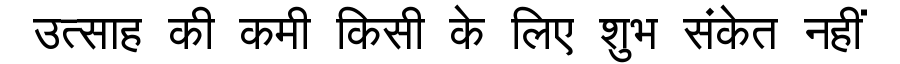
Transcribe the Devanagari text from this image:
उत्साह की कमी किसी के लिए शुभ संकेत नहीं